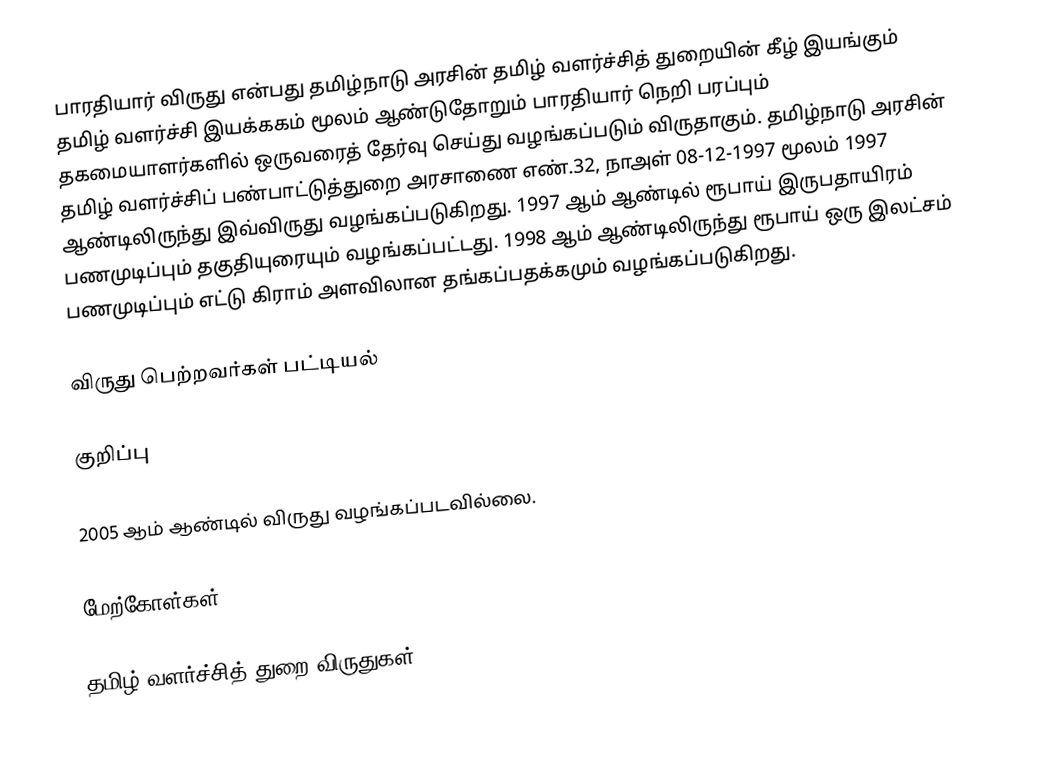
பாரதியார் விருது என்பது தமிழ்நாடு அரசின் தமிழ் வளர்ச்சித் துறையின் கீழ் இயங்கும் தமிழ் வளர்ச்சி இயக்ககம் மூலம் ஆண்டுதோறும் பாரதியார் நெறி பரப்பும் தகமையாளர்களில் ஒருவரைத் தேர்வு செய்து வழங்கப்படும் விருதாகும். தமிழ்நாடு அரசின் தமிழ் வளர்ச்சிப் பண்பாட்டுத்துறை அரசாணை எண்.32, நாஅள் 08-12-1997 மூலம் 1997 ஆண்டிலிருந்து இவ்விருது வழங்கப்படுகிறது. 1997 ஆம் ஆண்டில் ரூபாய் இருபதாயிரம் பணமுடிப்பும் தகுதியுரையும் வழங்கப்பட்டது. 1998 ஆம் ஆண்டிலிருந்து ரூபாய் ஒரு இலட்சம் பணமுடிப்பும் எட்டு கிராம் அளவிலான தங்கப்பதக்கமும் வழங்கப்படுகிறது.

விருது பெற்றவர்கள் பட்டியல்

குறிப்பு

 2005 ஆம் ஆண்டில் விருது வழங்கப்படவில்லை.

மேற்கோள்கள்

தமிழ் வளர்ச்சித் துறை விருதுகள்